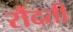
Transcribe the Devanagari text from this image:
रौंदती